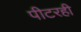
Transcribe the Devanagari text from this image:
पीटरही